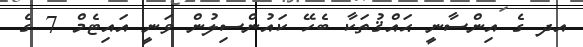
އދ ގެ އިންސާނީ ޙައްޤުތަކާ ބެހޭ ކައުންސިލުން ވަނީ އައިޓެމް 7 ގެ